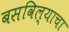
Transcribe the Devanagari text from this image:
बसविल्याचा